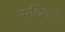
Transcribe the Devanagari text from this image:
सहिलाएं